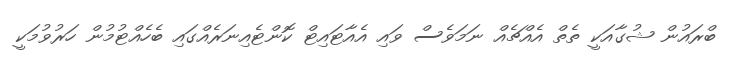
ބްރައުން ޝުގާއަކީ ތެތް އެއްޗެއް ނަމަވެސް ވައި އެއާޓައިޓް ކޮންޓެއިނަރެއްގައި ބެހެއްޓުމުން ހަރުވުމަކީ